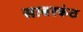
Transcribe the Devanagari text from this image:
साबरकंठ